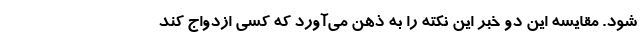
شود. مقایسه این دو خبر این نکته را به ذهن می‌آورد که کسی ازدواج کند